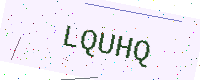
Text: LQUHQ